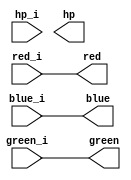
`ifndef TOP_VHD
`define TOP_VHD

module my_led
  (
	//inputs
	red_i,green_i,blue_i,hp_i,
	//outputs
	red, green, blue,hp
	);


	input red_i;
	input green_i;
	input blue_i;
	input hp_i;

	output red;
	output green;
	output blue;
	output hp;

	assign red = red_i;
	assign green = green_i;
	assign blue = blue_i;

endmodule

`endif